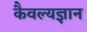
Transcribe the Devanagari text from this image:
कैवल्यज्ञान